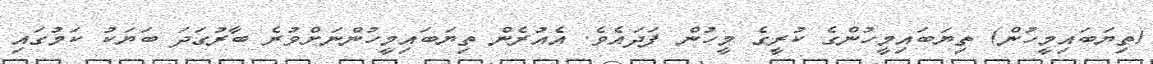
(ތިޔަބައިމީހުން) ތިޔަބައިމީހުންގެ ކުރީގެ މީހުން ފަދައެވެ. އެއުރެން ތިޔަބައިމީހުންނަށްވުރެ ބާރުގަދަ ބަޔަކު ކަމުގައި